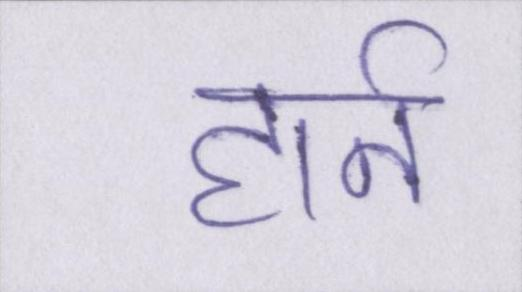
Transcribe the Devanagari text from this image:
हार्न